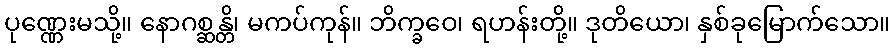
ပုဏ္ဏေးမသို့။ နောဂစ္ဆန္တိ၊ မကပ်ကုန်။ ဘိက္ခဝေ၊ ရဟန်းတို့။ ဒုတိယော၊ နှစ်ခုမြောက်သော။